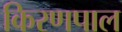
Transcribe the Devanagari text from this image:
किरणपाल